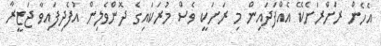
އެހެން ރަށްރަށެކޭ އެއްފަދައިން މި ރަށަކީ ވެސް މުރަކައިގެ ދޮންވެލިން އުފެދިފައިވާ ޖަޒީރާ